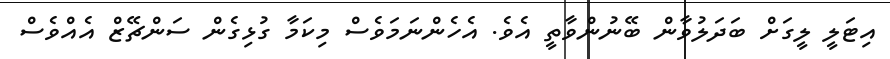
އިޓަލީ ލީގަށް ބަދަލުވާން ބޭނުންވާތީ އެވެ. އެހެންނަމަވެސް މިކަމާ ގުޅިގެން ސަންޗޭޒް އެއްވެސް